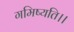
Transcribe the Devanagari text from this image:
गमिष्यति।।